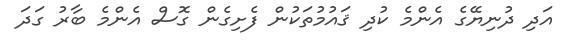
އަދި ދުނިޔޭގެ އެންމެ ކުދި ޤައުމުތަކުން ފެށިގެން ގޮސް އެންމެ ބާރު ގަދަ